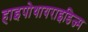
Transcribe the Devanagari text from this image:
हाइपोथायराइडिज्म